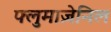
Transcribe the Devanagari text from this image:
फ्लुमाज़ेनिल